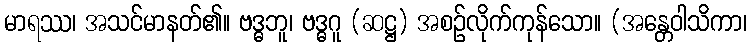
မာရဿ၊ အသင်မာနတ်၏။ ဗဒ္ဓဘူ၊ ဗဒ္ဓဂူ (ဆဋ္ဌ) အစဉ်လိုက်ကုန်သော။ (အန္တေဝါသိကာ၊